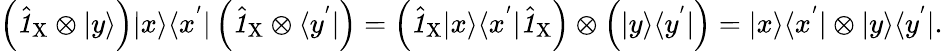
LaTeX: \left(\hat{\textbf{\textit{1}}\, }_{\! \mathrm{X}}\otimes|y\rangle\right)|x\rangle\langle x^{'}|\left(\hat{\textbf{\textit{1}}\, }_{\! \mathrm{X}}\otimes\langle y^{'}|\right)=\left(\hat{\textbf{\textit{1}}\, }_{\! \mathrm{X}}|x\rangle\langle x^{'}|\hat{\textbf{\textit{1}}\, }_{\! \mathrm{X}}\right)\otimes\left(|y\rangle\langle y^{'}|\right)=|x\rangle\langle x^{'}|\otimes|y\rangle\langle y^{'}|.